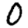
Digit: 0